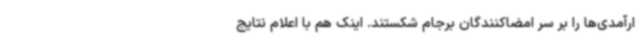
ارآمدی‌ها را بر سر امضاکنندگان برجام شکستند. اینک هم با اعلام نتایج